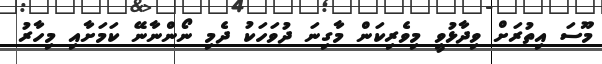
މޫސަ އިތުރަށް ވިދާޅުވީ މިވެރިކަން މާގިނަ ދުވަހަކު ދެމި ނޯންނާނޭ ކަމަށާއި މިހާރު